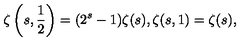
\zeta \left( s , \frac { 1 } { 2 } \right) = ( 2 ^ { s } - 1 ) \zeta ( s ) , \zeta ( s , 1 ) = \zeta ( s ) ,